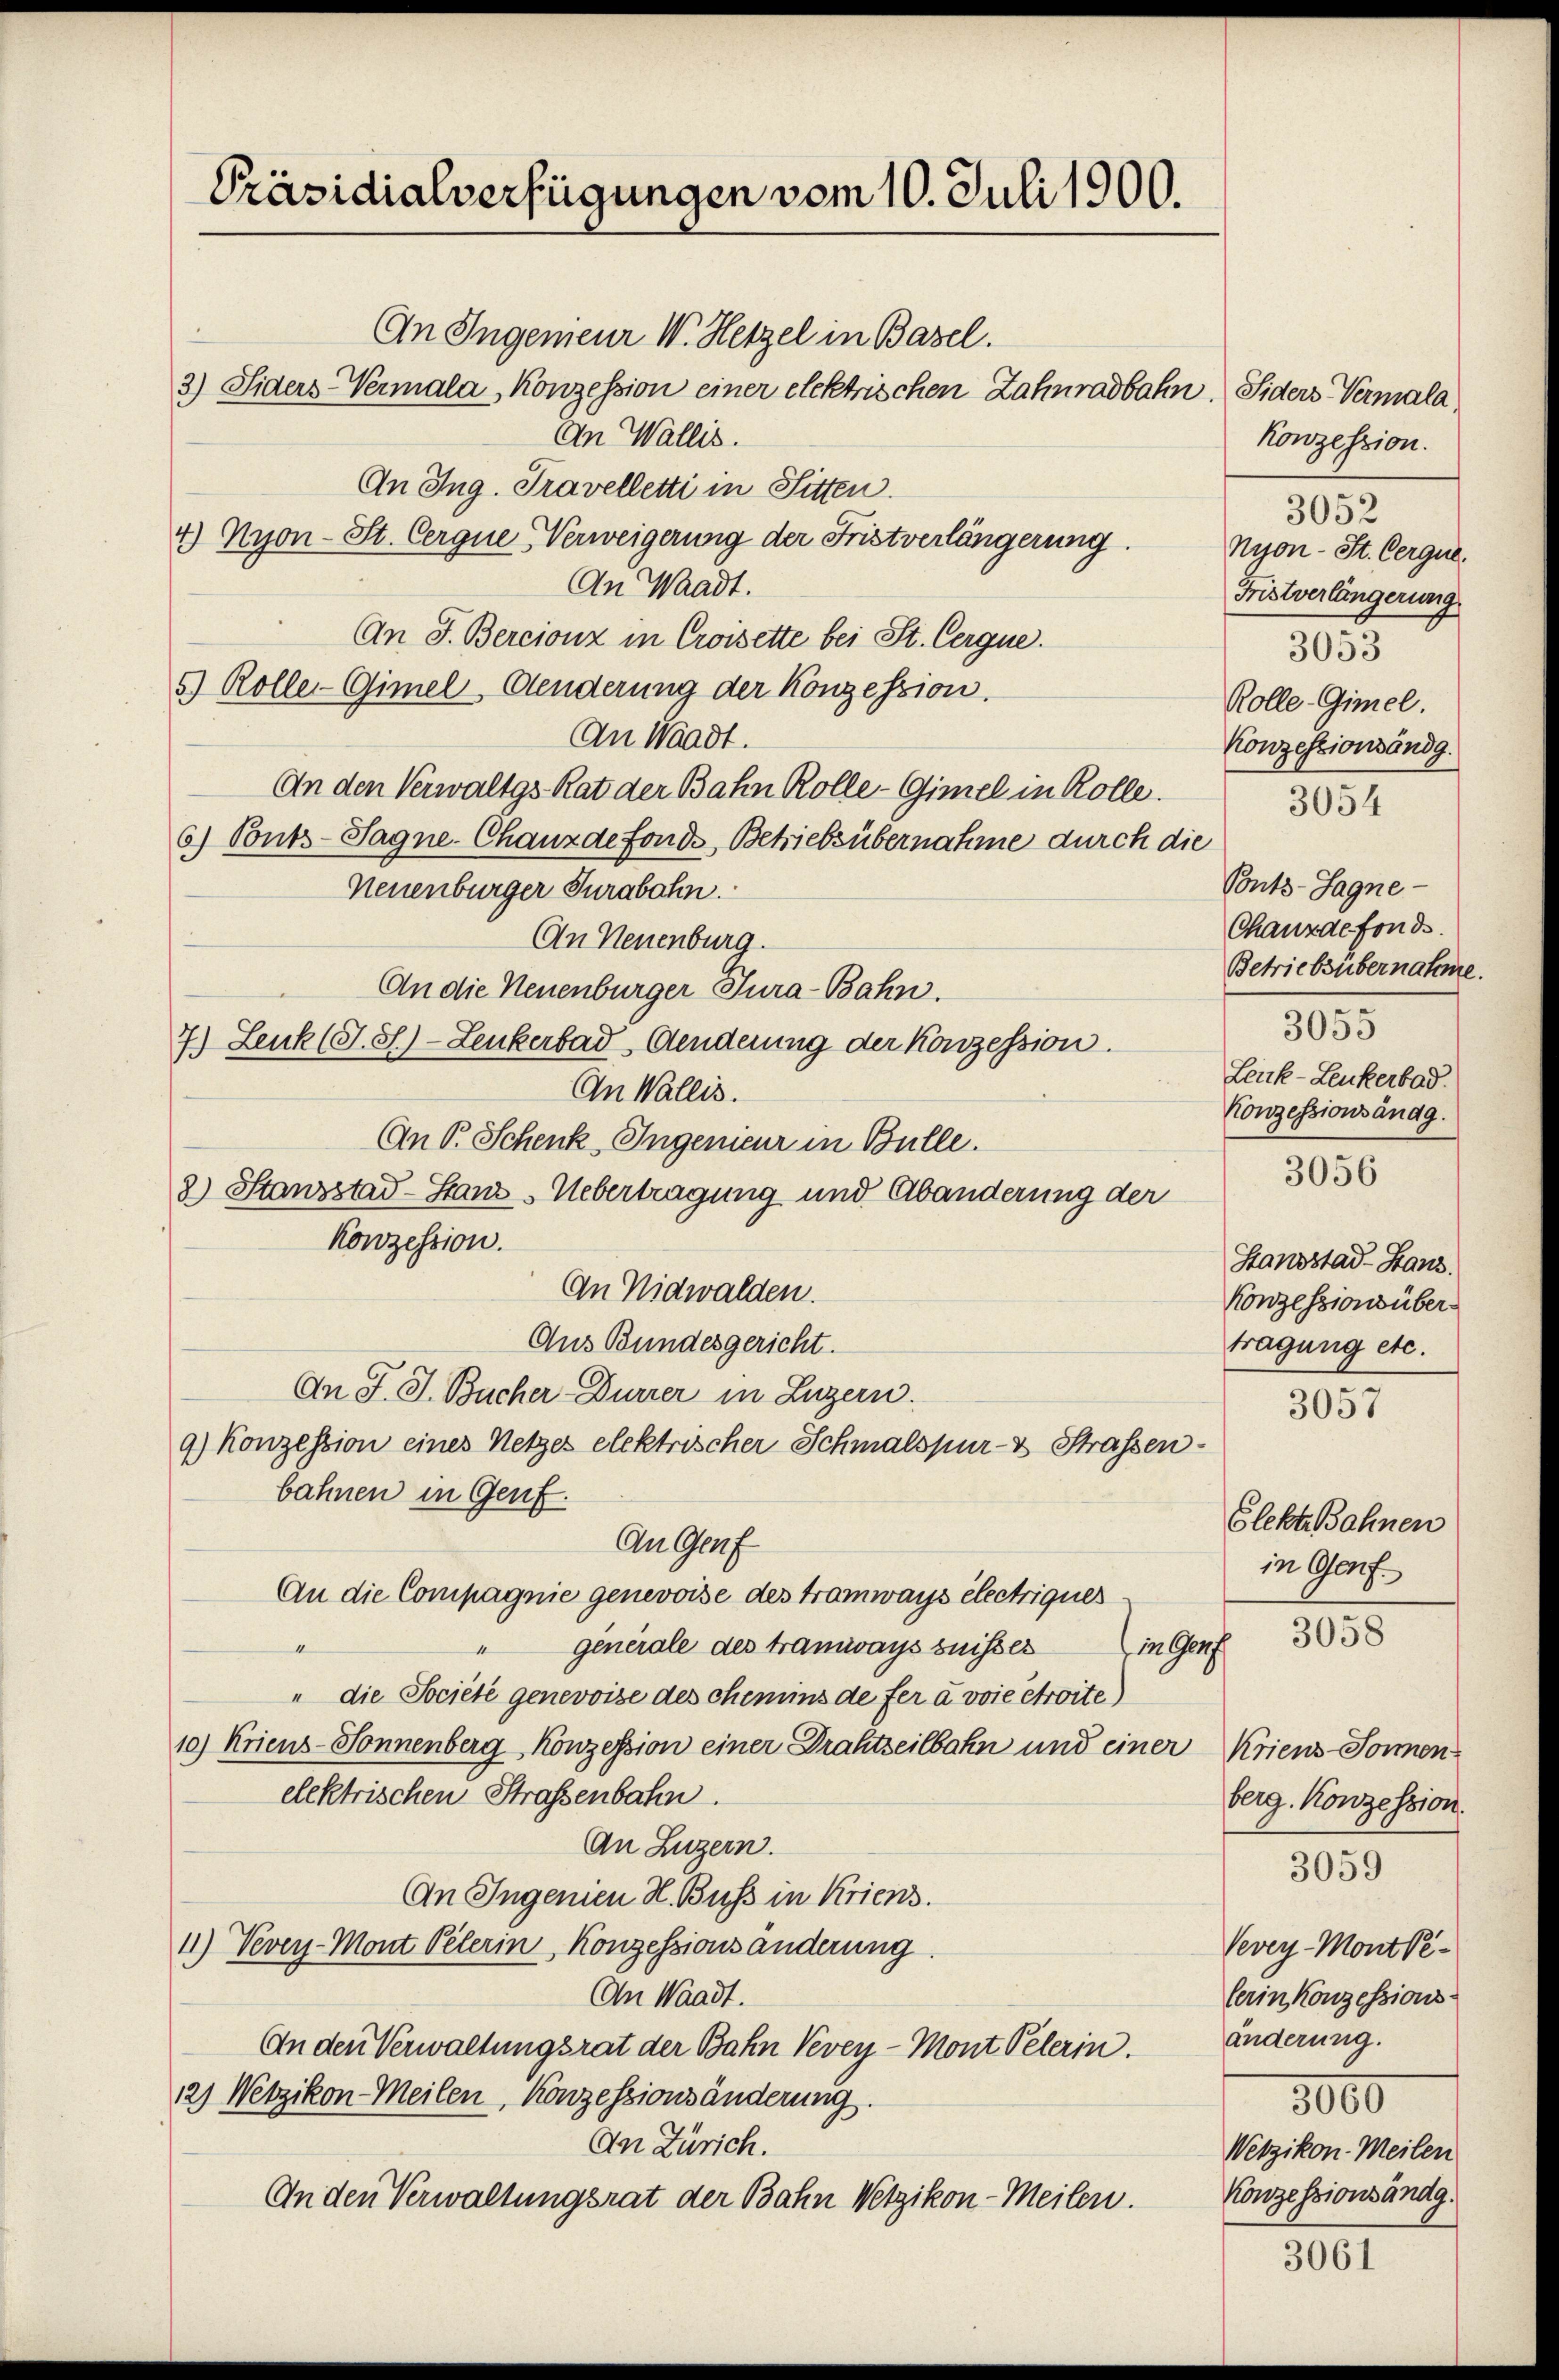
Präsidialverfügungen vom 10. Juli 1900.

An Ingenieur W. Hetzel in Basel.
3) Siders-Vermala, Konzession einer elektrischen Zahnradbahn. Siders Vermala
An Wallis.
An Ing. Travelletti in Sitten.
4) Nyon-St. Cerque Verweigerung der Fristverlängerung
An Waadt.
An J. Bercionz in Croisette bei St. Cergue.
5) Rolle. Gimel-Aenderung der Konzession.
An Waadt.
An den Verwaltgs Rat der Bahn Rolle-Gimel in Rolle.
6) Bouts-Sagne-Chauzdefonds, Betriebsübernahme durch die
Neuenburger Jurabahn.
An Neuenburg.
An die Neuenburger Tura-Bahn.
7.) Lenk (T. S.)-Lenkerbad, Aenderung der Konzession.
An Wallis.
An P. Schenk, Ingenieur in Bulle.
8) Stanzstad-Stanz Uebertragung und Abänderung der
Konzession.
An Nidwalden.
Aus Bundesgericht.
An J. J. Bucher-Durrer in Luzern.
9) Konzession eines Netzes elektrischer Schmalspur- & Strassen-
bahnen in Genf.
An Genf
An die Compagnie genevoise des tromways électriques.
generale des Tramways suisses
1
in Gar
" die Société genevoise des chemins de fer a voie étroite)
10) Kriens-Sonnenberg Konzession einer Drahtseilbahn und einer Kriens-Sonnenelektrischen Straßenbahn.
An Luzern.
An Ingenien H. Buss in Kriens.
11) Vevey-Mont Pelerin, Konzessionsänderung.
An Waadt.
An den Verwaltungsrat der Bahn Vevey - Mont Pelerin.
12.) Wetzikon-Meilen, Konzessionsänderung.
An Zürich.
An den Verwaltungsrat der Bahn Wetzikon-Meilen.

Konzession.
3052
Nyon - St. Cerque.
Fristverlängerung
3053
Rolle-Gimel.
Konzessionsändg.
3054
Ponts-Sagne
Chauxdefonds.
Betriebsübernahme.
3055
Leuk-Leukerbad.
Konzessionsändg.
3056
Stausstad-Hanz.
Konzessionsüber
tragung etc.

3057

Elekte Bahnen
in Genf.

3050

berg. Konzession.
3059
Vevey-Mont Pelerin Konzessions-
änderung.
3000
Wetzikon-Meilen
Konzessionsändg.

3061